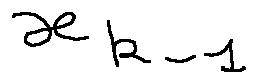
x _ { k - 1 }